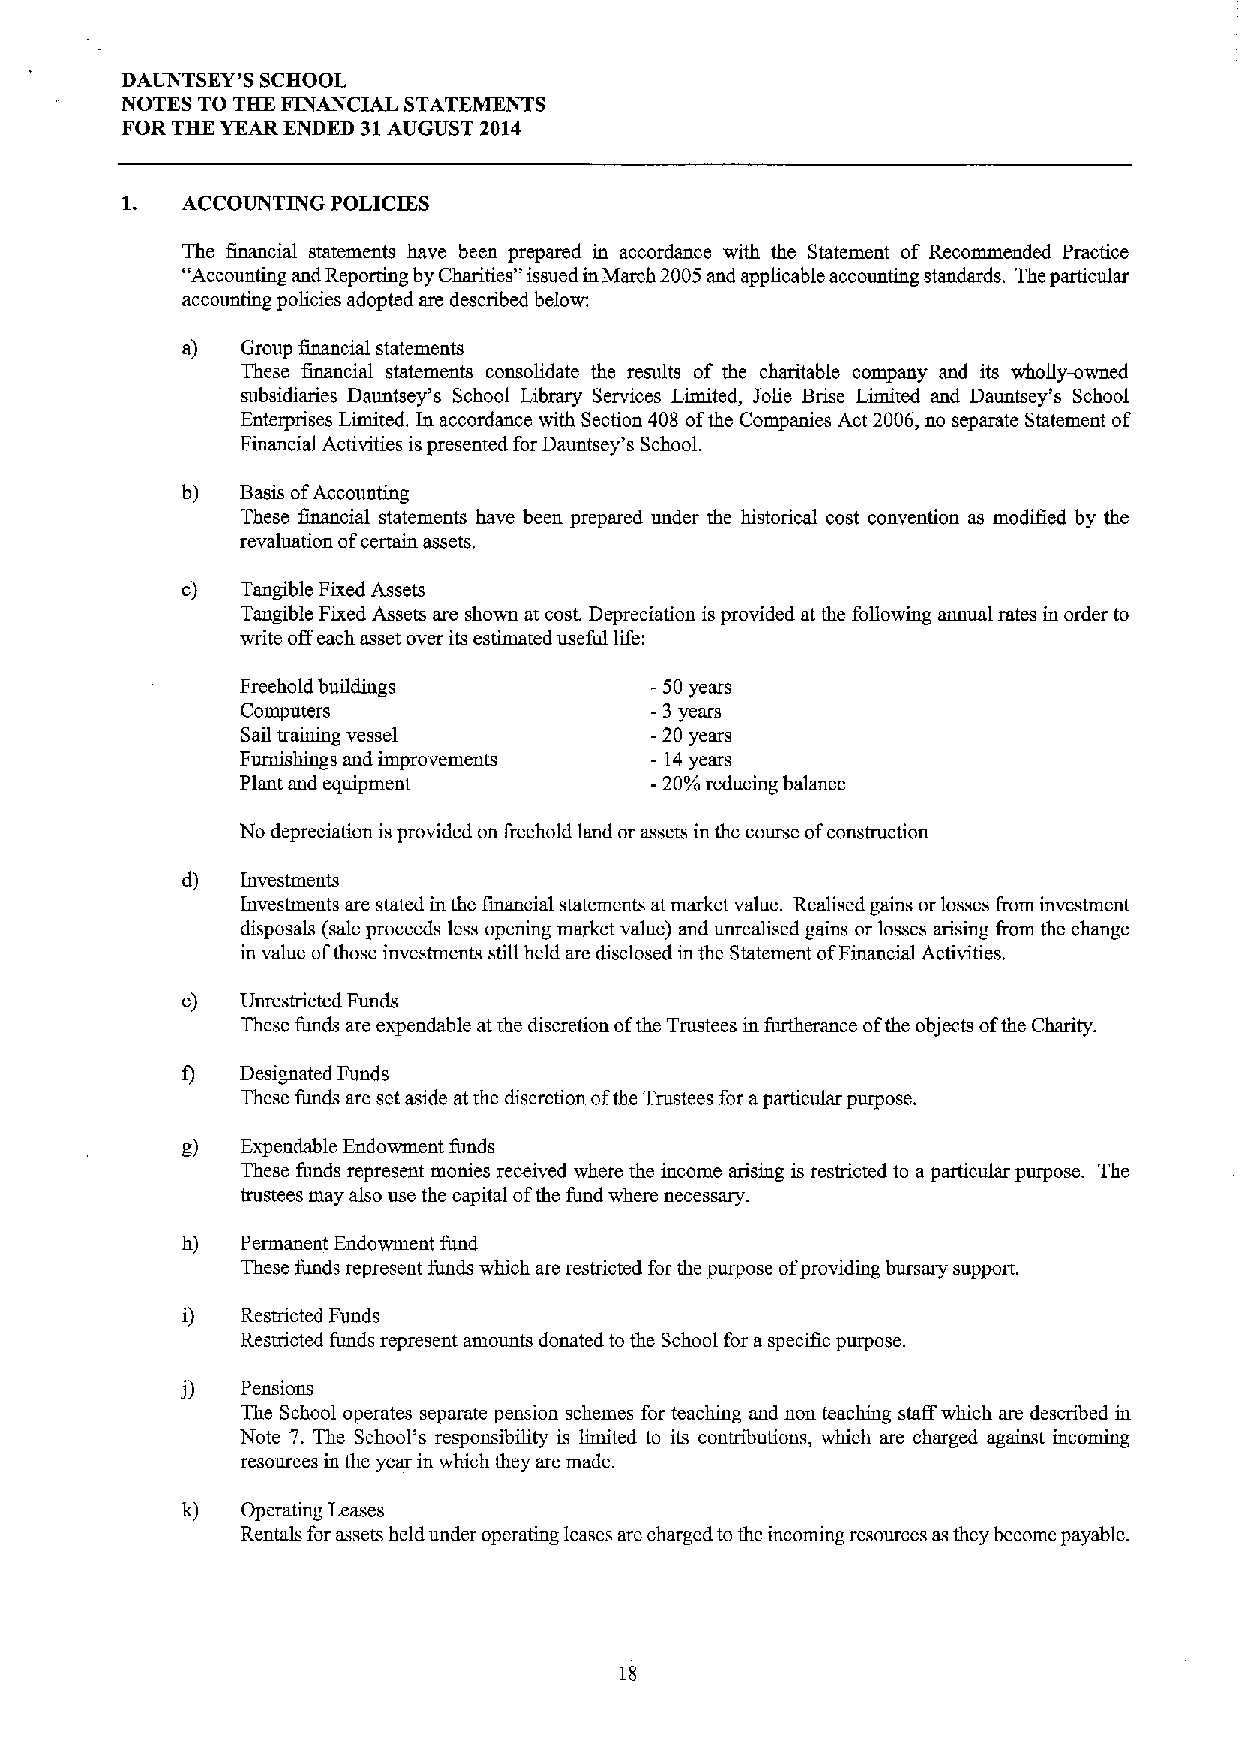
DAUNTSEY'S SCHOOL
 NOTES TO THE FINANCIAL STATEMENTS
 FOR THE YEAR ENDED 31AUGUST 2014
 ACCOUNTING POLICIES
 The financial statements have been prepared in accordance with the Statement of Recommended Practice
 "Accounting and Reporting by Charities" issued inMarch 2005 and applicable accounting standards. The particular
 accounting policies adopted are described below:
 a)  Group financial statements
 These financial statements consolidate the results of the charitable company and its wholly-owned
 subsidiaries Dauntsey's School Library Services Limited, Jolie Brise Limited and Dauntsey's School
 Enterprises Limited. In accordance with Section 408 ofthe Companies Act 2006, no separate Statement of
 Financial Activities ispresented for Dauntsey's School.
 b)  Basis ofAccounting
 These financial statements have been prepared under the historical cost convention as modified by the
 revaluation ofcertain assets.
 c)  Tangible Fixed Assets
 Tangible Fixed Assets are shown at cost. Depreciation is provided at the following annual rates in order to
 write offeach asset over its estimated useful life:
 Freehold buildings         -50years
 Computers                  -3 years
 Sail training vessel       -20 years
 Furnishings and improvements —14years
 Plant and equipment        -20%reducing balance
 No depreciation isprovided on freehold land or assets in the course ofconstruction
 d)  Investments
 Investments are stated in the financial statements at market value. Realised gains or losses &om investment
 disposals (sale proceeds less opening market value) and unrealised gains or losses arising from the change
 in value ofthose investments still held are disclosed in the Statement ofFinancial Activities.
 e)  Unrestricted Funds
 These funds are expendable at the discretion ofthe Trustees in furtherance ofthe objects ofthe Charity.
 Designated Funds
 These funds are set aside at the discretion ofthe Trustees for aparticular purpose.
 g)  Expendable Endowment funds
 These funds represent monies received where the income arising is restricted to aparticular purpose. The
 trustees may also use the capital ofthe fund where necessary.
 h)  Permanent Endowment fund
 These funds represent funds which are restricted for the purpose ofproviding bursary support.
 Restricted Funds
 Restricted funds represent amounts donated to the School for aspecific purpose.
 Pensions
 The School operates separate pension schemes for teaching and non teaching staff which are described in
 Note 7. The School's responsibility is limited to its contributions, which are charged against incoming
 resources in the year in which they are made.
 Operating Leases
 Rentals for assets held under operating leases are charged to the incoming resources asthey become payable.
 18